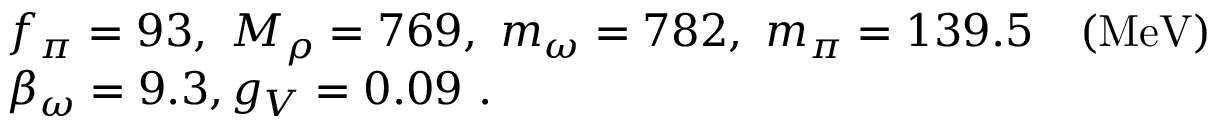
\begin{array} { l l } { { f _ { \pi } = 9 3 , ~ M _ { \rho } = 7 6 9 , ~ m _ { \omega } = 7 8 2 , ~ m _ { \pi } = 1 3 9 . 5 ~ ~ ~ ( \mathrm { M e V } ) } } \\ { { \beta _ { \omega } = 9 . 3 , g _ { V } = 0 . 0 9 ~ . } } \end{array}